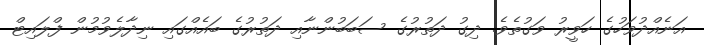
އަނެއްދުވަހުގެ ހަވީރު ވަގުތެވެ. ދިގު ދަތުރުގެ ސަބަބުންނާއި ދަތުރުގެ ބައެއްގައި ނިދާލެވުމުން ފްލައިޓް